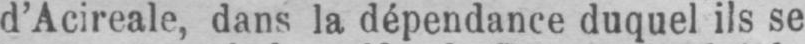
d’Acireale, dans la dépendance duquel ils se